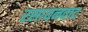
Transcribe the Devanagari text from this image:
रसायनवाद